Report of the Hyderabad Chloroform Commission
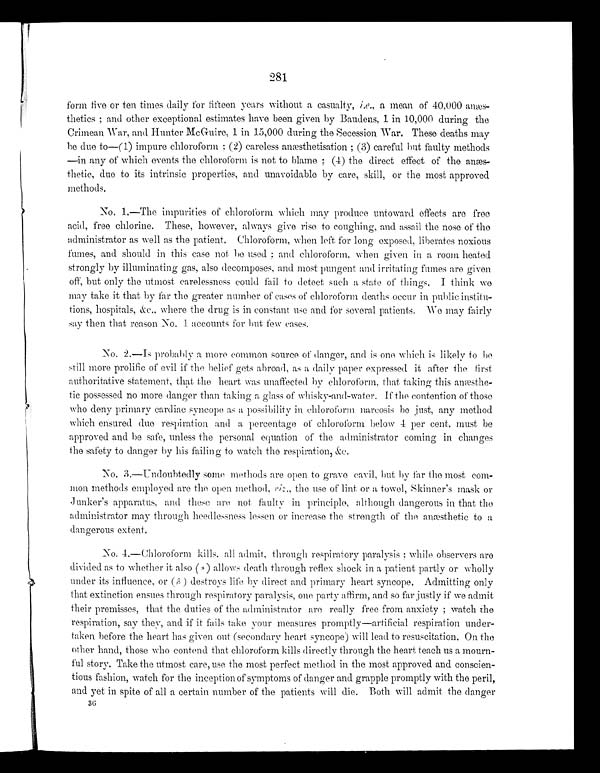
281
form five or ten times daily for fifteen years without a casualty, i.e ., a mean of 40,000
anæs-thetics; and other exceptional estimates have been given by Baudens, 1 in 10,000 during the
Crimean War, and Hunter McGuire, 1 in 15,000 during the Secession War. These deaths may
be due to—(1) impure chloroform; (2) careless anæsthetisation; (3) careful but faulty methods
—in any of which events the chloroform is not to blame; (4) the direct effect of the
anæs-thetic, due to its intrinsic properties, and unavoidable by care, skill, or the most approved
methods.
No. 1.—The impurities of chloroform which may produce untoward effects are free
acid, free chlorine. These, however, always give rise to coughing, and assail the nose of the
administrator as well as the patient. Chloroform, when left for long exposed, liberates noxious
fumes, and should in this case not be used; and chloroform, when given in a room heated
strongly by illuminating gas, also decomposes, and most pungent and irritating fumes are given
off, but only the utmost carelessness could fail to detect such a state of things. I think we
may take it that by far the greater number of cases of chloroform deaths occur in public institu-
tions, hospitals, &c., where the drug is in constant use and for several patients. We may fairly
say then that reason No. 1 accounts for but few cases.
No. 2.—Is probably a more common source of danger, and is one which is likely to be
still more prolific of evil if the belief gets abroad, as a daily paper expressed it after the first
authoritative statement, that the heart was unaffected by chloroform, that taking this
a n æ s t h e - t i c p o s s e s s e d n o m o r e d a n g e r t h a n t a k i n g a g l a s s o f w h i s k y - a n d - w a t e r . I f t h e c o n t e n t i o n o f t h o s e
who deny primary cardiac syncope as a possibility in chloroform narcosis be just, any method
which ensured due respiration and a percentage of chloroform below 4 per cent. must be
approved and be safe, unless the personal equation of the administrator coming in changes
the safety to danger by his failing to watch the respiration, &c.
No. 3.—Undoubtedly some methods are open to grave cavil, but by far the most com-
mon methods employed are the open method, riz., the use of lint or a towel, Skinner's mask or
Junker's apparatus, and these are not faulty in principle, although dangerous in that the
administrator may through heedlessness lessen or increase the strength of the anæsthetic to a
dangerous extent.
No. 4.—Chloroform kills, all admit, through respiratory paralysis; while observers are
divided as to whether it also ( α) allows death through reflex shock in a patient partly or wholly
under its influence, or (β )
d e s t r o y s l i f e b y d i r e c t a n d p r i m a r y h e a r t s y n c o p e . A d m i t t i n g o n l y
that extinction ensues through respiratory paralysis, one party affirm, and so far justly if we admit
their premisses, that the duties of the administrator are really free from anxiety; watch the
respiration, say they, and if it fails take your measures promptly—artificial respiration under-
taken before the heart has given out (secondary heart syncope) will lead to resuscitation. On the
other hand, those who contend that chloroform kills directly through the heart teach us a mourn-
ful story. Take the utmost care, use the most perfect method in the most approved and conscien-
tious fashion, watch for the inception of symptoms of danger and grapple promptly with the peril,
and yet in spite of all a certain number of the patients will die. Both will admit the danger
3 6